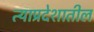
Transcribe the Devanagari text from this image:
त्याप्रदेशातील